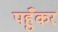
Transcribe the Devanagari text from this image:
पहुँकर